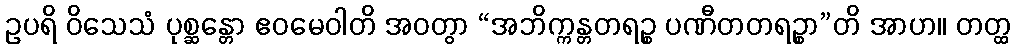
ဥပရိ ဝိသေသံ ပုစ္ဆန္တော ဧဝမေဝါတိ အဝတွာ “အဘိက္ကန္တတရဉ္စ ပဏီတတရဉ္စာ”တိ အာဟ။ တတ္ထ